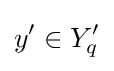
y^{\prime }\in Y_{q}^{\prime }